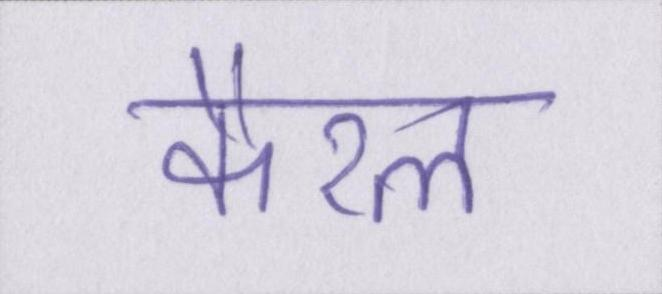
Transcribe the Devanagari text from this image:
कैरल